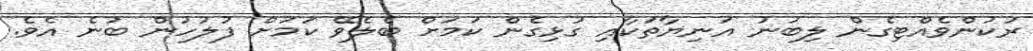
ރުކުންވެއްޓިގެން ލިބުނު އަނިޔާތަކާއި ގުޅިގެން ކަމަށް ބެލެވޭ ކަމަށް ފުލުހުން ބުނެ އެވެ.